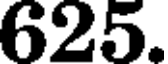
625.